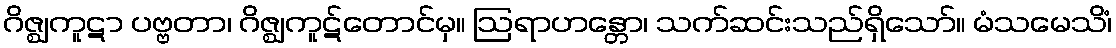
ဂိဇ္ဈကူဋာ ပဗ္ဗတာ၊ ဂိဇ္ဈကူဋ်တောင်မှ။ ဩရာဟန္တော၊ သက်ဆင်းသည်ရှိသော်။ မံသမေသိံ၊